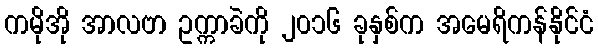
ကမိုအို အာလဗာ ဥက္ကာခဲကို ၂၀၁၆ ခုနှစ်က အမေရိကန်နိုင်ငံ